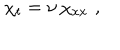
\chi _ { t } = \nu \, \chi _ { x x } \, \, ,